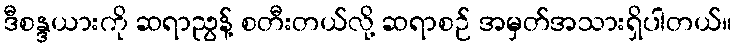
ဒီစန္ဒယားကို ဆရာညွန့် စတီးတယ်လို့ ဆရာစဉ် အမှတ်အသားရှိပါတယ်။